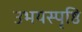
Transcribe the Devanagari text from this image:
उभयस्पृष्ठि